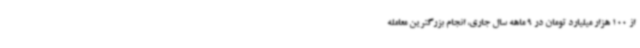
از 100 هزار میلیارد تومان در 9 ماهه سال جاری، انجام بزرگترین معامله